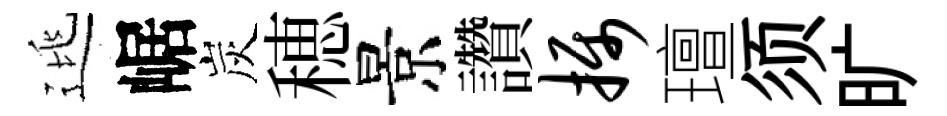
逃崌炭穂景讚摄璮须旷